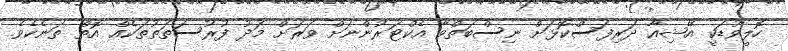
ހޮލީވުޑަކީ އޭޝިއާ ދަރިފަސްކޮޅަށް ނިސްބަތްވާ އެކްޓަރުންނަށް ވަރަށް މަދު ފުރުސަތަތުތަކެއް އޮތް ތަނެކެވެ.